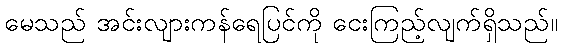
မေသည် အင်းလျားကန်ရေပြင်ကို ငေးကြည့်လျက်ရှိသည်။